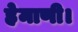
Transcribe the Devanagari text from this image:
हेमाणी।